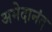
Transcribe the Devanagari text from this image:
अभेदानंद